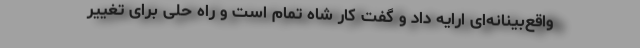
واقع‌بینانه‌ای ارایه داد و گفت کار شاه تمام است و راه حلی برای تغییر